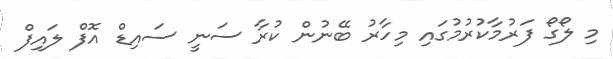
މި ލޯގޯ ފަރުމާކުރުމުގައި މިހާރު ބޭނުން ކުރާ ސަނީ ސައިޑް އޮފް ލައިފް